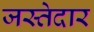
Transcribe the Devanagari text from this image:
जस्तेदार